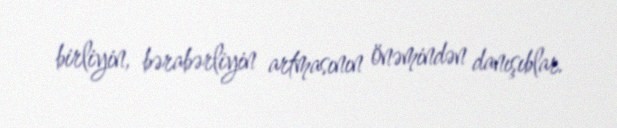
birliyin, bərabərliyin artmasının önəmindən danışıblar.